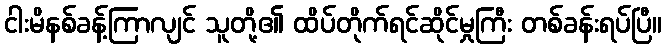
ငါးမိနစ်ခန့်ကြာလျင် သူတို့၏ ထိပ်တိုက်ရင်ဆိုင်မှုကြီး တစ်ခန်းရပ်ပြီ။